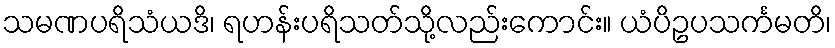
သမဏပရိသံယဒိ၊ ရဟန်းပရိသတ်သို့လည်းကောင်း။ ယံပိဥပသင်္ကမတိ၊